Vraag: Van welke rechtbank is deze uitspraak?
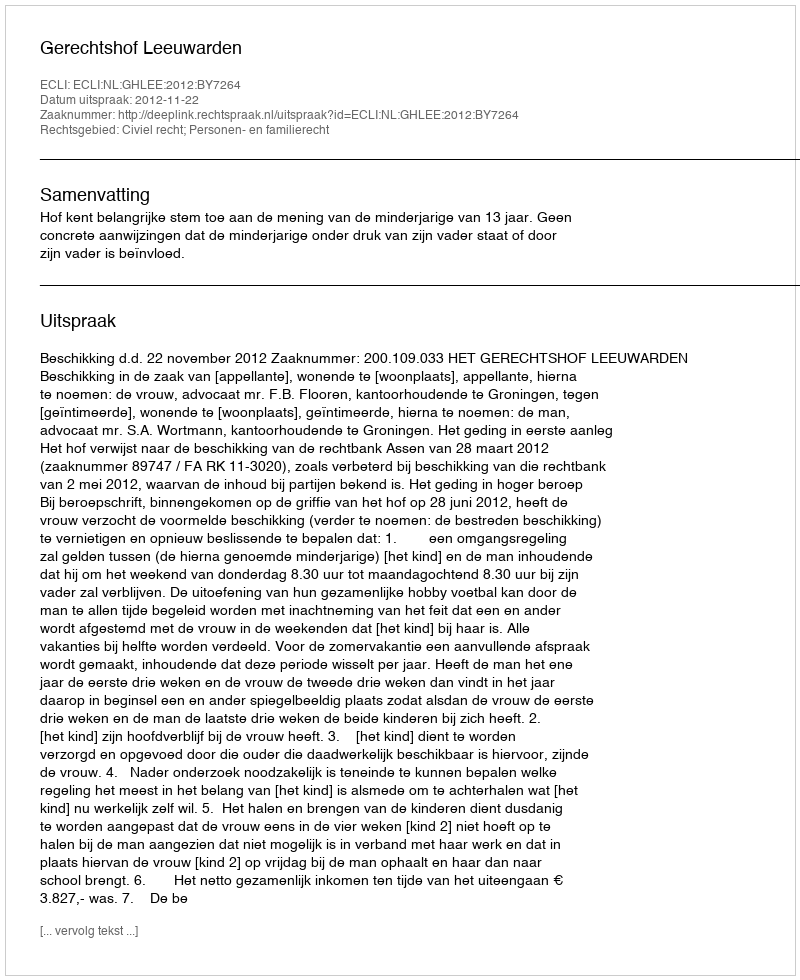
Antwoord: Gerechtshof Leeuwarden